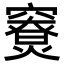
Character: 𥨤